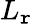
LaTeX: L_{\mathtt{r}}